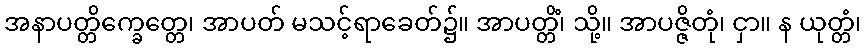
အနာပတ္တိက္ခေတ္တေ၊ အာပတ် မသင့်ရာခေတ်၌။ အာပတ္တိံ၊ သို့။ အာပဇ္ဇိတုံ၊ ငှာ။ န ယုတ္တံ၊